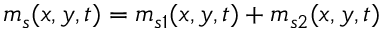
m _ { s } ( x , y , t ) = m _ { s 1 } ( x , y , t ) + m _ { s 2 } ( x , y , t )